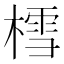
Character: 樰